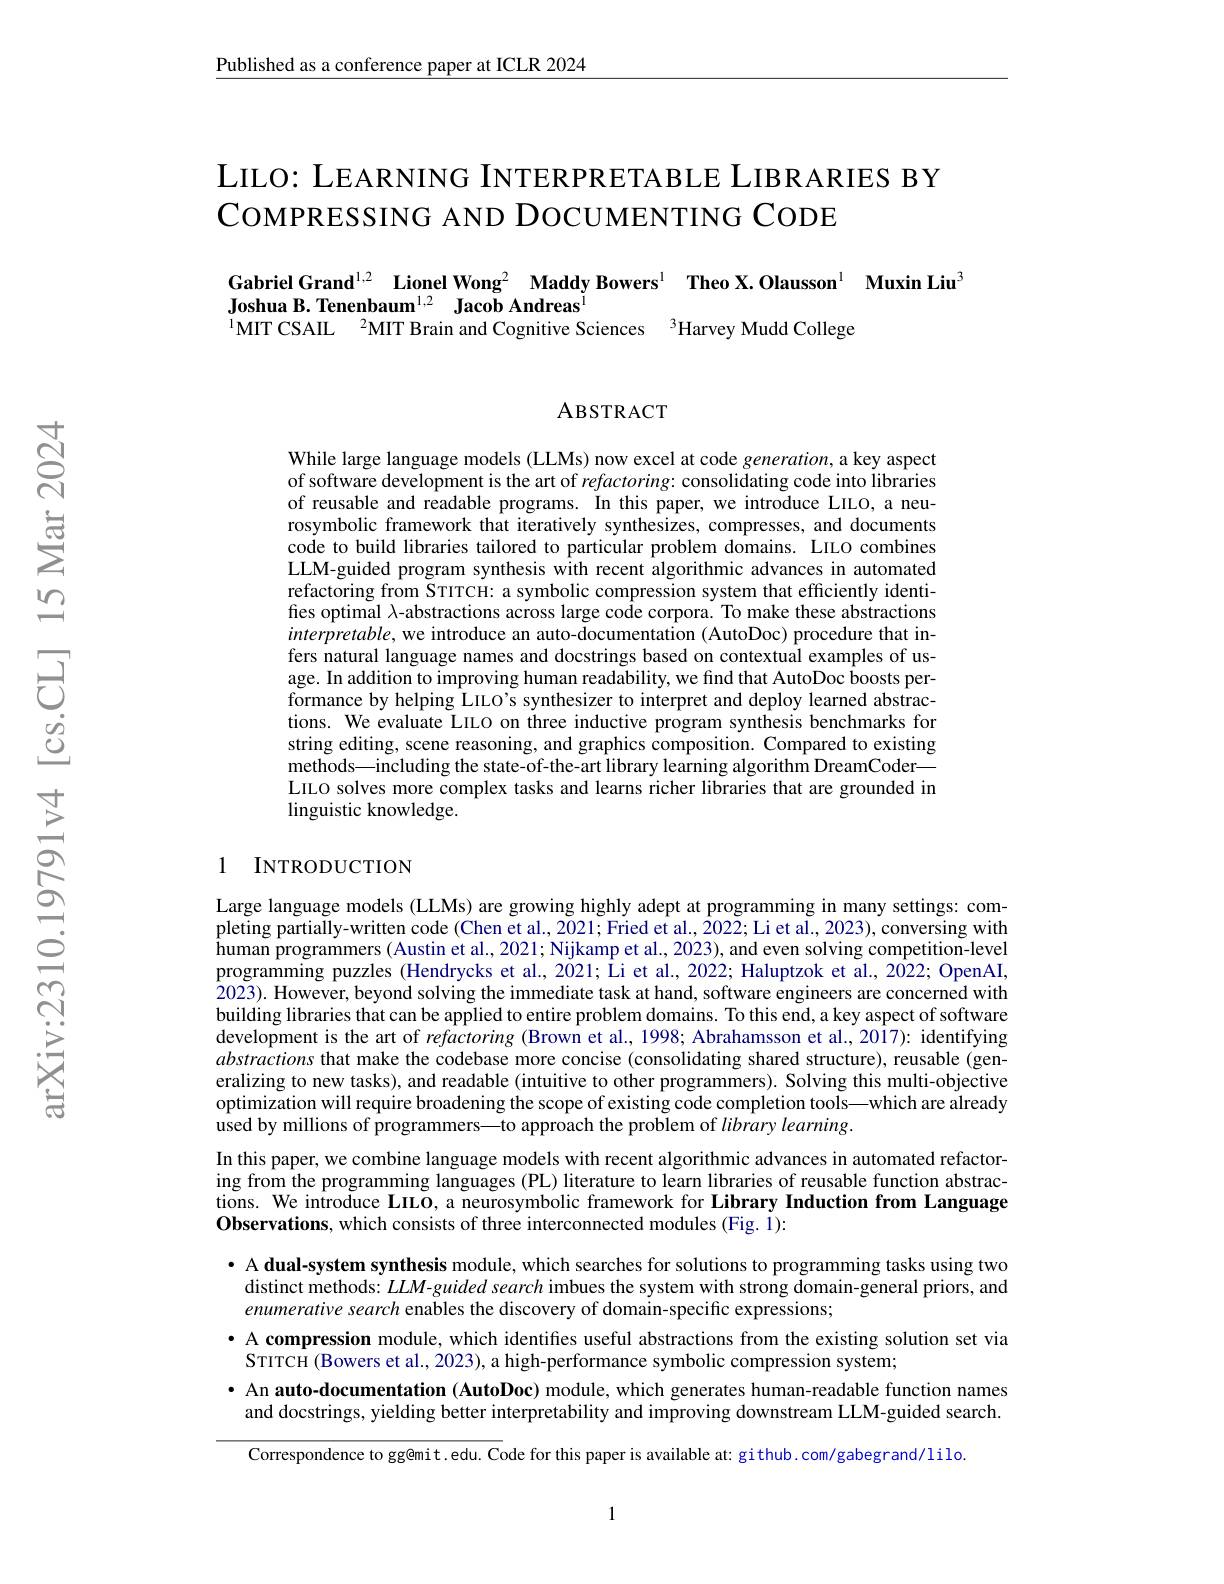
Published as a conference paper at ICLR 2024

LILO: LEARNING INTERPRETABLE LIBRARIES BY
COMPRESSING AND DOCUMENTING CODE

# Gabriel Grand$^{1,2}$ Lionel Wong$^2$ Maddy Bowers$^{1}$ Theo X.Olausson$^{1}$ Muxin Liu$^{3}$ Joshua B. Tenenbaum$^{1, 2}$ $\textbf{Jacob Andreas}^{1}$ $^{1}$MIT CSAIL$^{2}$MIT Brain and Cognitive Sciences$^{3}$Harvey Mudd College

ABSTRACT

While large language models (LLMs) now excel at code generation, a key aspect of software development is the art of refactoring: consolidating code into libraries of reusable and readable programs. In this paper, we introduce LILO, a neurosymbolic framework that iteratively synthesizes, compresses, and documents code to build libraries tailored to particular problem domains. LILO combines LLM-guided program synthesis with recent algorithmic advances in automated refactoring from STITCH: a symbolic compression system that efficiently identifies optimal $\lambda$-abstractions across large code corpora. To make these abstractions interpretable, we introduce an auto-documentation (AutoDoc) procedure that infers natural language names and docstrings based on contextual examples of usage. In addition to improving human readability, we find that AutoDoc boosts performance by helping LILO's synthesizer to interpret and deploy learned abstractions. We evaluate LILO on three inductive program synthesis benchmarks for string editing, scene reasoning, and graphics composition. Compared to existing methods—including the state-of-the-art library learning algorithm DreamCoder—— LILO solves more complex tasks and learns richer libraries that are grounded in linguistic knowledge.

## 1 INTRODUCTION

Large language models (LLMs) are growing highly adept at programming in many settings: completing partially-written code (Chen et al., 2021; Fried et al., 2022; Li et al., 2023), conversing with human programmers (Austin et al., 2021; Nijkamp et al., 2023), and even solving competition-level programming puzzles (Hendrycks et al., 2021; Li et al., 2022; Haluptzok et al., 2022; OpenAI, 2023). However, beyond solving the immediate task at hand, software engineers are concerned with building libraries that can be applied to entire problem domains. To this end, a key aspect of software development is the art of refactoring (Brown et al., 1998; Abrahamsson et al.,2017): identifying abstractions that make the codebase more concise (consolidating shared structure), reusable (generalizing to new tasks), and readable (intuitive to other programmers). Solving this multi-objective optimization will require broadening the scope of existing code completion tools—which are already $\hat{\text{used by millions of programmers—to approach the problem of library learning.}}$
In this paper, we combine language models with recent algorithmic advances in automated refactoring from the programming languages (PL) literature to learn libraries of reusable function abstractions. We introduce LILO, a neurosymbolic framework for Library Induction from Language Observations, which consists of three interconnected modules (Fig. $\dot{1}):$

· A dual-system synthesis module, which searches for solutions to programming tasks using two distinct methods: $LLM$-guided search imbues the system with strong domain-general priors, and enumerative search enables the discovery of domain-specific expressions;
· A compression module, which identifies useful abstractions from the existing solution set via
$\dot{\text{STITCH (Bowers et al., 2023), a high-performance symbolic compression system;}}$
· An auto-documentation (AutoDoc) module, which generates human-readable function names and docstrings, yielding better interpretability and improving downstream LLM-guided search.

Correspondence to gg@mit.edu. Code for this paper is available at: gi thub. com/gabegrand/lilo.

1